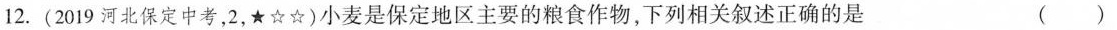
12.(2019河北保定中考，2，★☆☆)小麦是保定地区主要的粮食作物，下列相关叙述正确的是 ( )